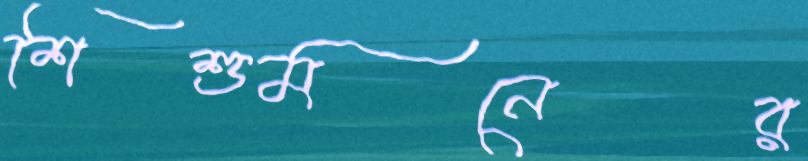
শিশুমনের